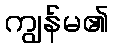
ကျွန်မ၏